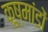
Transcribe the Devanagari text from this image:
कूष्मांडों